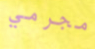
مجرمي